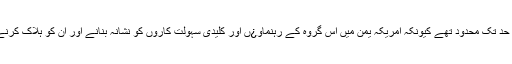
اس حملے کا مقصد اور اثرات ایک حد تک محدود تھے کیونکہ امریکہ یمن میں اس گروہ کے رہنماو¿ں اور کلیدی سہولت کاروں کو نشانہ بنانے اور ان کو ہلاک کرنے کا سلسلہ جاری رکھے ہوئے تھا۔